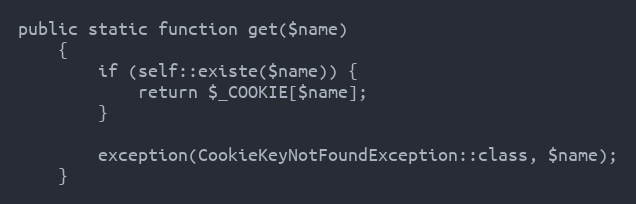
Language: PHP
public static function get($name)
    {
        if (self::existe($name)) {
            return $_COOKIE[$name];
        }

        exception(CookieKeyNotFoundException::class, $name);
    }